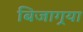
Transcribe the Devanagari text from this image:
बिजागर्‍या